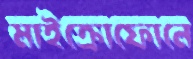
মাইক্রোফোনে